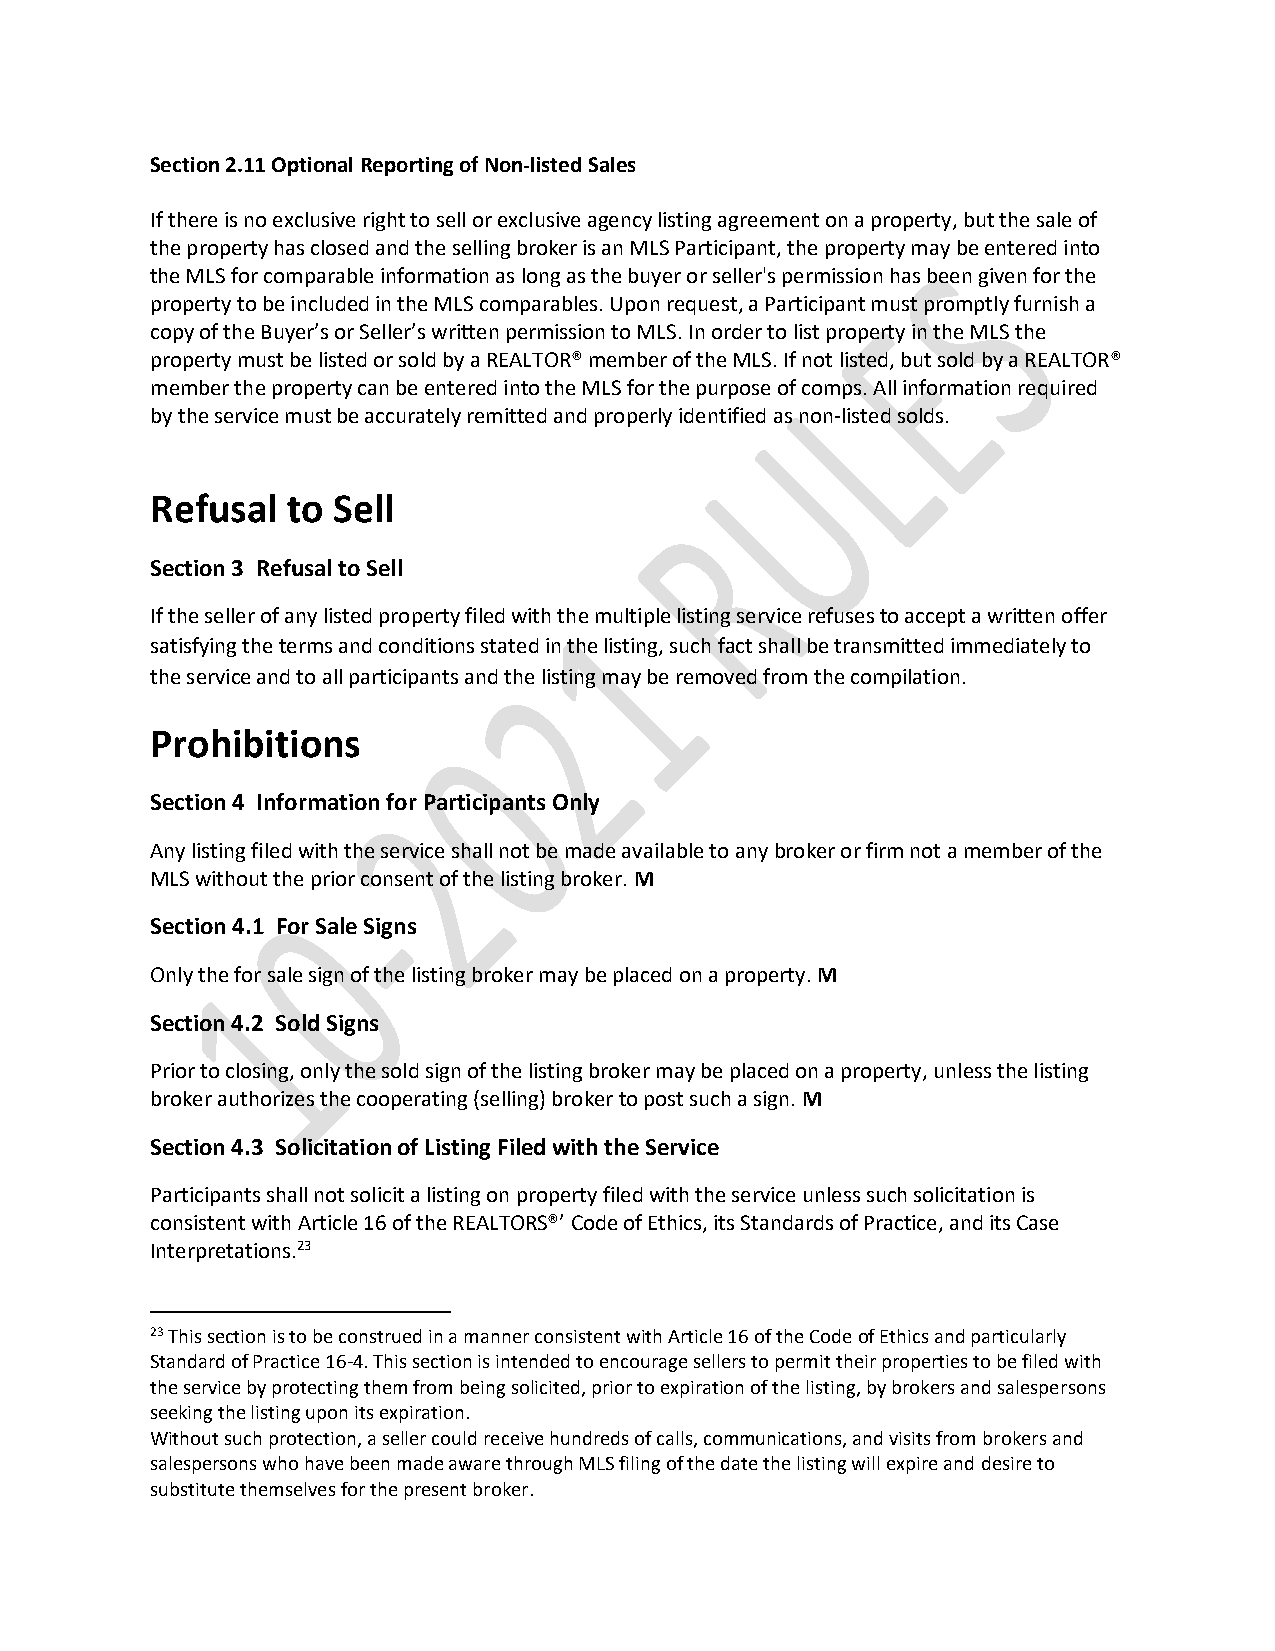
Section 2.11 Optional Reporting of Non-listed Sales
 If there is no exclusive right to sell or exclusive agency listing agreement on a property, but the sale of
 the property has closed and the selling broker is an MLS Participant, the property may be entered into
 the MLS for comparable information as long as the buyer or seller's permission has been given for the
 property to be included in the MLS comparables. Upon request, a Participant must promptly furnish a
 copy of the Buyer’s or Seller’s written permission to MLS. In order to list property in the MLS the
 property must be listed or sold by a REALTOR® member of the MLS. If not listed, but sold by a REALTOR®
 member the property can be entered into the MLS for the purpose of comps. All information required
 by the service must be accurately remitted and properly identified as non-listed solds.
 Refusal  to Sell
 Section 3 Refusal to Sell
 If the seller of any listed property filed with the multiple listing service refuses to accept a written offer
 satisfying the terms and conditions stated in the listing, such fact shall be transmitted immediately to
 the service and to all participants and the listing may be removed from the compilation.
 Prohibitions
 Section 4 Information for Participants Only
 Any listing filed with the service shall not be made available to any broker or firm not a member of the
 MLS without the prior consent of the listing broker. M
 Section 4.1 For Sale Signs
 Only the for sale sign of the listing broker may be placed on a property. M
 Section 4.2 Sold Signs
 Prior to closing, only the sold sign of the listing broker may be placed on a property, unless the listing
 broker authorizes the cooperating (selling) broker to post such a sign. M
 Section 4.3 Solicitation of Listing Filed with the Service
 Participants shall not solicit a listing on property filed with the service unless such solicitation is
 consistent with Article 16 of the REALTORS®’ Code of Ethics, its Standards of Practice, and its Case
 Interpretations.23
 23 This section is to be construed in a manner consistent with Article 16 of the Code of Ethics and particularly
 Standard of Practice 16-4. This section is intended to encourage sellers to permit their properties to be filed with
 the service by protecting them from being solicited, prior to expiration of the listing, by brokers and salespersons
 seeking the listing upon its expiration.
 Without such protection, a seller could receive hundreds of calls, communications, and visits from brokers and
 salespersons who have been made aware through MLS filing of the date the listing will expire and desire to
 substitute themselves for the present broker.